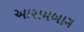
આરામબાગ